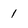
Character: 1